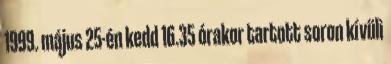
1999. május 25-én kedd 16.35 órakor tartott soron kívüli